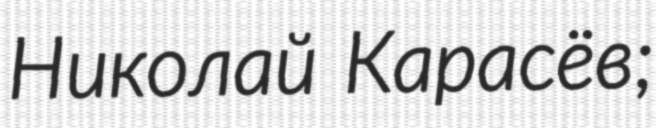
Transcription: Николай Карасёв;